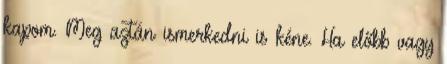
kapom. Meg aztán ismerkedni is kéne. Ha előbb vagy